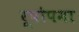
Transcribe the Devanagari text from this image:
रूपोपमा